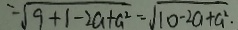
= \sqrt { 9 + 1 - 2 a + a ^ { 2 } } = \sqrt { 1 0 - 2 a + a ^ { 2 } } .